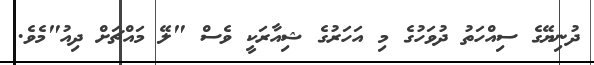
ދުނިޔޭގެ ސިއްހަތު ދުވަހުގެ މި އަހަރުގެ ޝިއާރަކީ ވެސް "ލޭ މައްޗަށް ދިއު"މެވެ.